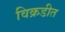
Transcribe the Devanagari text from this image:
विक्रडीत